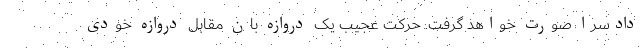
دادسرا صورت خواهد گرفت. حرکت عجیب یک دروازه بان مقابل دروازه خودی